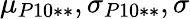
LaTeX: \mu_{P10**},\sigma_{P10**},\sigma